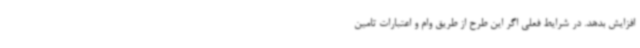
افزایش بدهد. در شرایط فعلی اگر این طرح از طریق وام و اعتبارات تامین